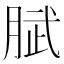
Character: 𭨹